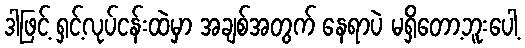
ဒါဖြင့် ရှင့်လုပ်ငန်းထဲမှာ အချစ်အတွက် နေရာပဲ မရှိတော့ဘူးပေါ့